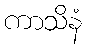
ကာသိနံ